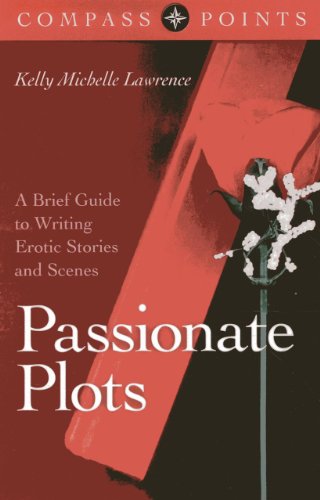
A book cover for Compass Points - Passionate Plots: A Brief Guide to Writing Erotic Stories and Scenes; Kelly Lawrence; Romance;